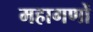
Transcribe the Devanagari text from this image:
महागणों